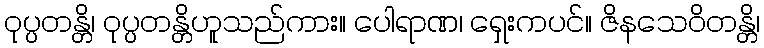
ဝုပ္ပတန္တိ၊ ဝုပ္ပတန္တိဟူသည်ကား။ ပေါရာဏ၊ ရှေးကပင်။ ဇိနသေဝိတန္တိ၊